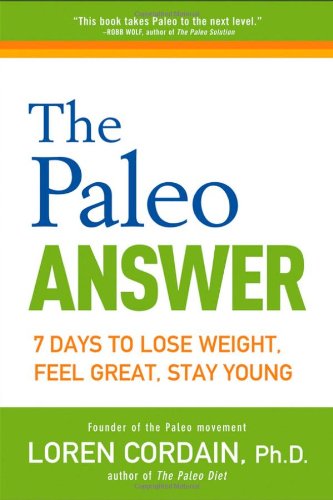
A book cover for The Paleo Answer: 7 Days to Lose Weight, Feel Great, Stay Young; Loren Cordain; Health, Fitness & Dieting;